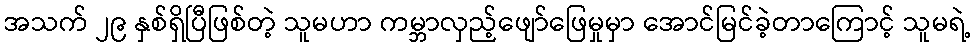
အသက် ၂၉ နှစ်ရှိပြီဖြစ်တဲ့ သူမဟာ ကမ္ဘာလှည့်ဖျော်ဖြေမှုမှာ အောင်မြင်ခဲ့တာကြောင့် သူမရဲ့